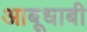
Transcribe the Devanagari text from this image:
आबूधाबी